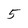
Character: 5